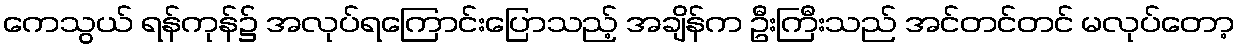
ကေသွယ် ရန်ကုန်၌ အလုပ်ရကြောင်းပြောသည့် အချိန်က ဦးကြီးသည် အင်တင်တင် မလုပ်တော့